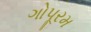
ગોપૂરમ